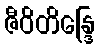
ဇီဝိတိန္ဒြေ